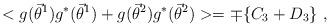
LaTeX: \begin{align*}<g({\vec{\theta}}^{1})g^{*}({\vec{\theta}}^{1}) +g({\vec{\theta}}^{2})g^{*}({\vec{\theta}}^{2}) > = \mp \{ C_{3} + D_{3} \} \ ,\end{align*}